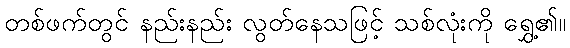
တစ်ဖက်တွင် နည်းနည်း လွတ်နေသဖြင့် သစ်လုံးကို ရွှေ့၏။